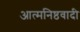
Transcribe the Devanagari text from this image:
आत्मनिष्ठवादी